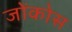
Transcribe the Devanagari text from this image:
जोंकोस